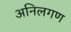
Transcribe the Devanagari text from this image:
अनिलगण